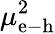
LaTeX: \mu_{\mathrm{e}-\mathrm{h}}^{2}